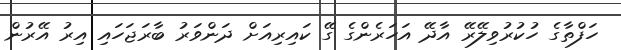
ހަފްތާގެ ހުކުރުވިލޭރޭ އާދޭ އަހަރެންގެ ގޭ ކައިރިއަށް ދަންވަރު ބާރަޖަހައި އިރު އޭރުން